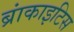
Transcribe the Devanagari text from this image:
ब्रांकाइटिस